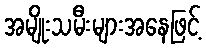
အမျိုးသမီးများအနေဖြင့်